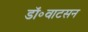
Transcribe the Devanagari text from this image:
डॉ॰वाटसन